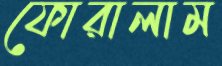
ফোরালাম